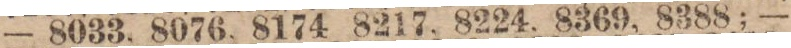
— 8033, 8076, 8174 8217, 8224, 8369, 8388; —